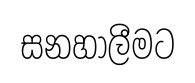
සනහාලීමට